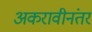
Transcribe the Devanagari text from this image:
अकरावीनंतर